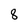
Character: 8